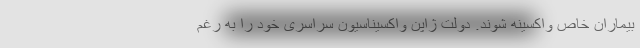
بیماران خاص واکسینه شوند. دولت ژاپن واکسیناسیون سراسری خود را به رغم